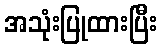
အသုံးပြုထားပြီး